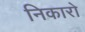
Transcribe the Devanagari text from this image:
निकारो